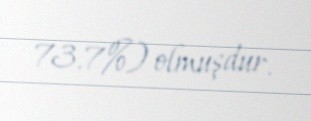
73.7%) olmuşdur.